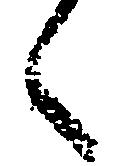
々